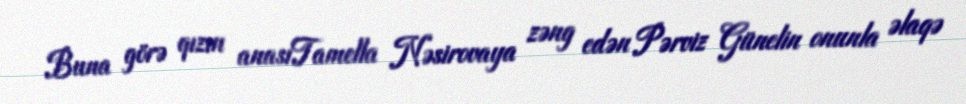
Buna görə qızın anasıTamella Nəsirovaya zəng edən Pərviz Günelin onunla əlaqə